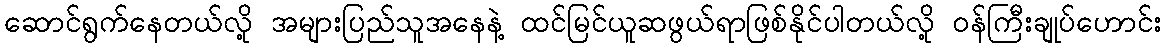
ဆောင်ရွက်နေတယ်လို့ အများပြည်သူအနေနဲ့ ထင်မြင်ယူဆဖွယ်ရာဖြစ်နိုင်ပါတယ်လို့ ဝန်ကြီးချုပ်ဟောင်း